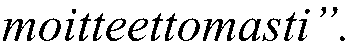
moitteettomasti”.